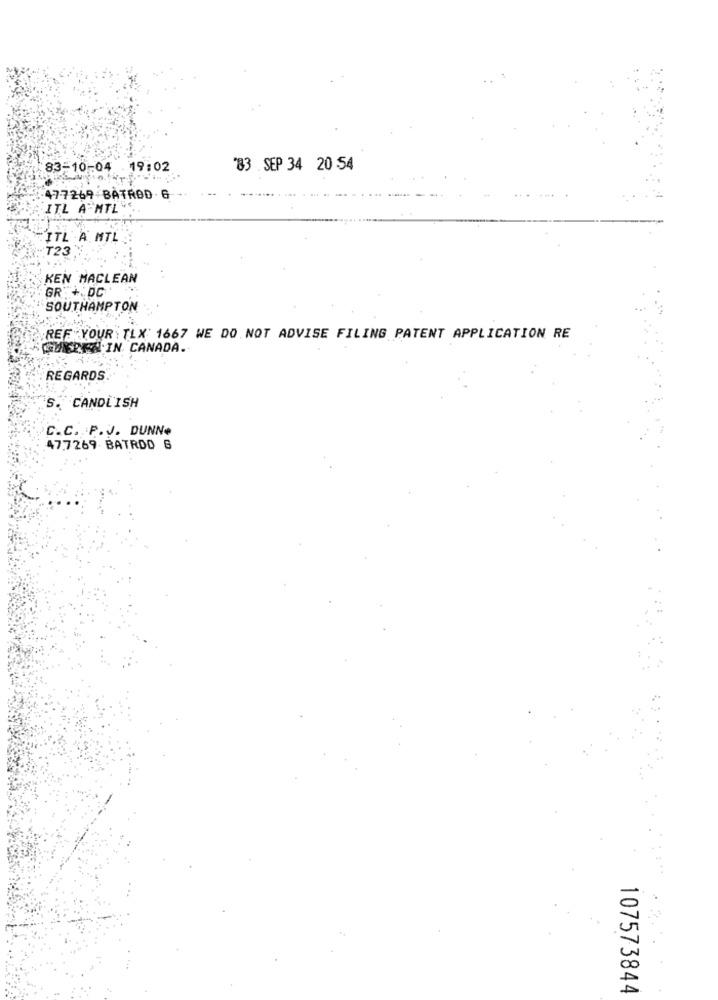
83-10-04 19:02
'83 . SEP 34 20 54
477269 BATROD 6
ITL A"MTL
ITL A MTL
723
KEN MACLEAN
GR + DC
SOUTHAMPTON
REF YOUR : TLX 1667 WE DO NOT ADVISE FILING PATENT APPLICATION RE
QUIEREN IN CANADA.
REGARDS
S. CANDLISH
C.C. P.J. DUNNe
47.7269- BATROD 6
107573844